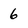
Character: 6